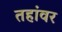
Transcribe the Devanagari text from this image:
तहांवर